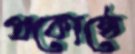
প্রকোষ্ঠে